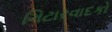
ગિટારવાદકો